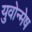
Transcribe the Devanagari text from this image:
युवोन्मेष